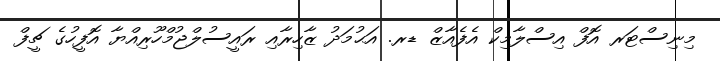
މިނިސްޓަރ އޮފް އިސްލާމިކް އެފެއާޒް ޑރ. އަޙުމަދު ޒާހިރާއި ރައީސުލްޖުމްހޫރިއްޔާ އޮފީހުގެ ޗީފް